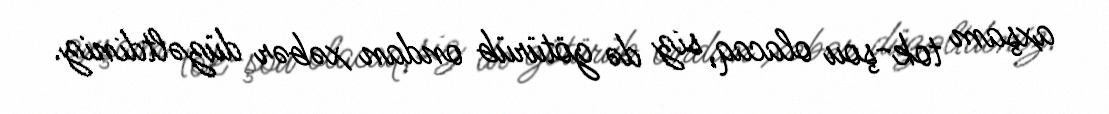
axşam tok-şou olacaq, siz də götürüb ondan xəbər düzəltdiniz.